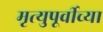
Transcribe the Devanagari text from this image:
मृत्युपूर्वीच्या